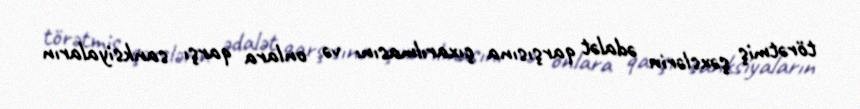
törətmiş şəxslərin ədalət qarşısına çıxarılmasını və onlara qarşı sanksiyaların